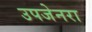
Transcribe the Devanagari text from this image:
उपजेनरा